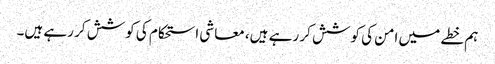
ہم خطے میں امن کی کوشش کر رہے ہیں، معاشی استحکام کی کوشش کر رہے ہیں۔